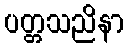
ပတ္တသညိနာ